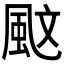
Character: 𩖰